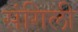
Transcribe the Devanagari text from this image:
संगिली